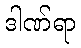
ဒါဏ်ရာ